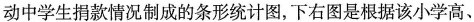
动中学生捐款情况制成的条形统计图，下右图是根据该小学高、